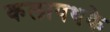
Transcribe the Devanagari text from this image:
कलापथके